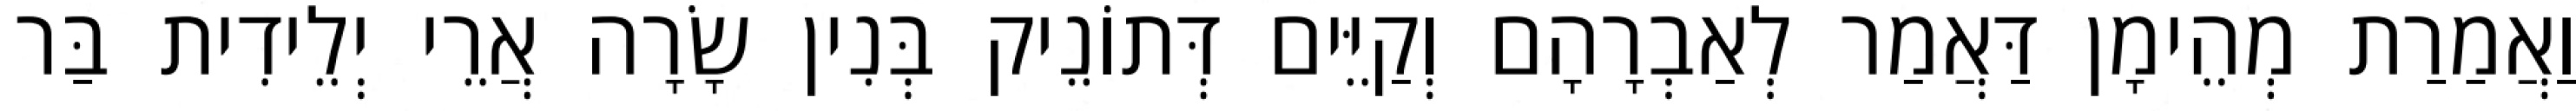
וַאֲמַרַת מְהֵימָן דַּאֲמַר לְאַבְרָהָם וְקַיֵּים דְּתוֹנֵיק בְּנִין שָׂרָה אֲרֵי יְלֵידִית בַּר